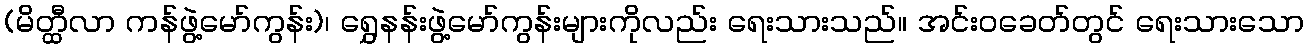
(မိတ္ထီလာ ကန်ဖွဲ့မော်ကွန်း)၊ ရွှေနန်းဖွဲ့မော်ကွန်းများကိုလည်း ရေးသားသည်။ အင်းဝခေတ်တွင် ရေးသားသော